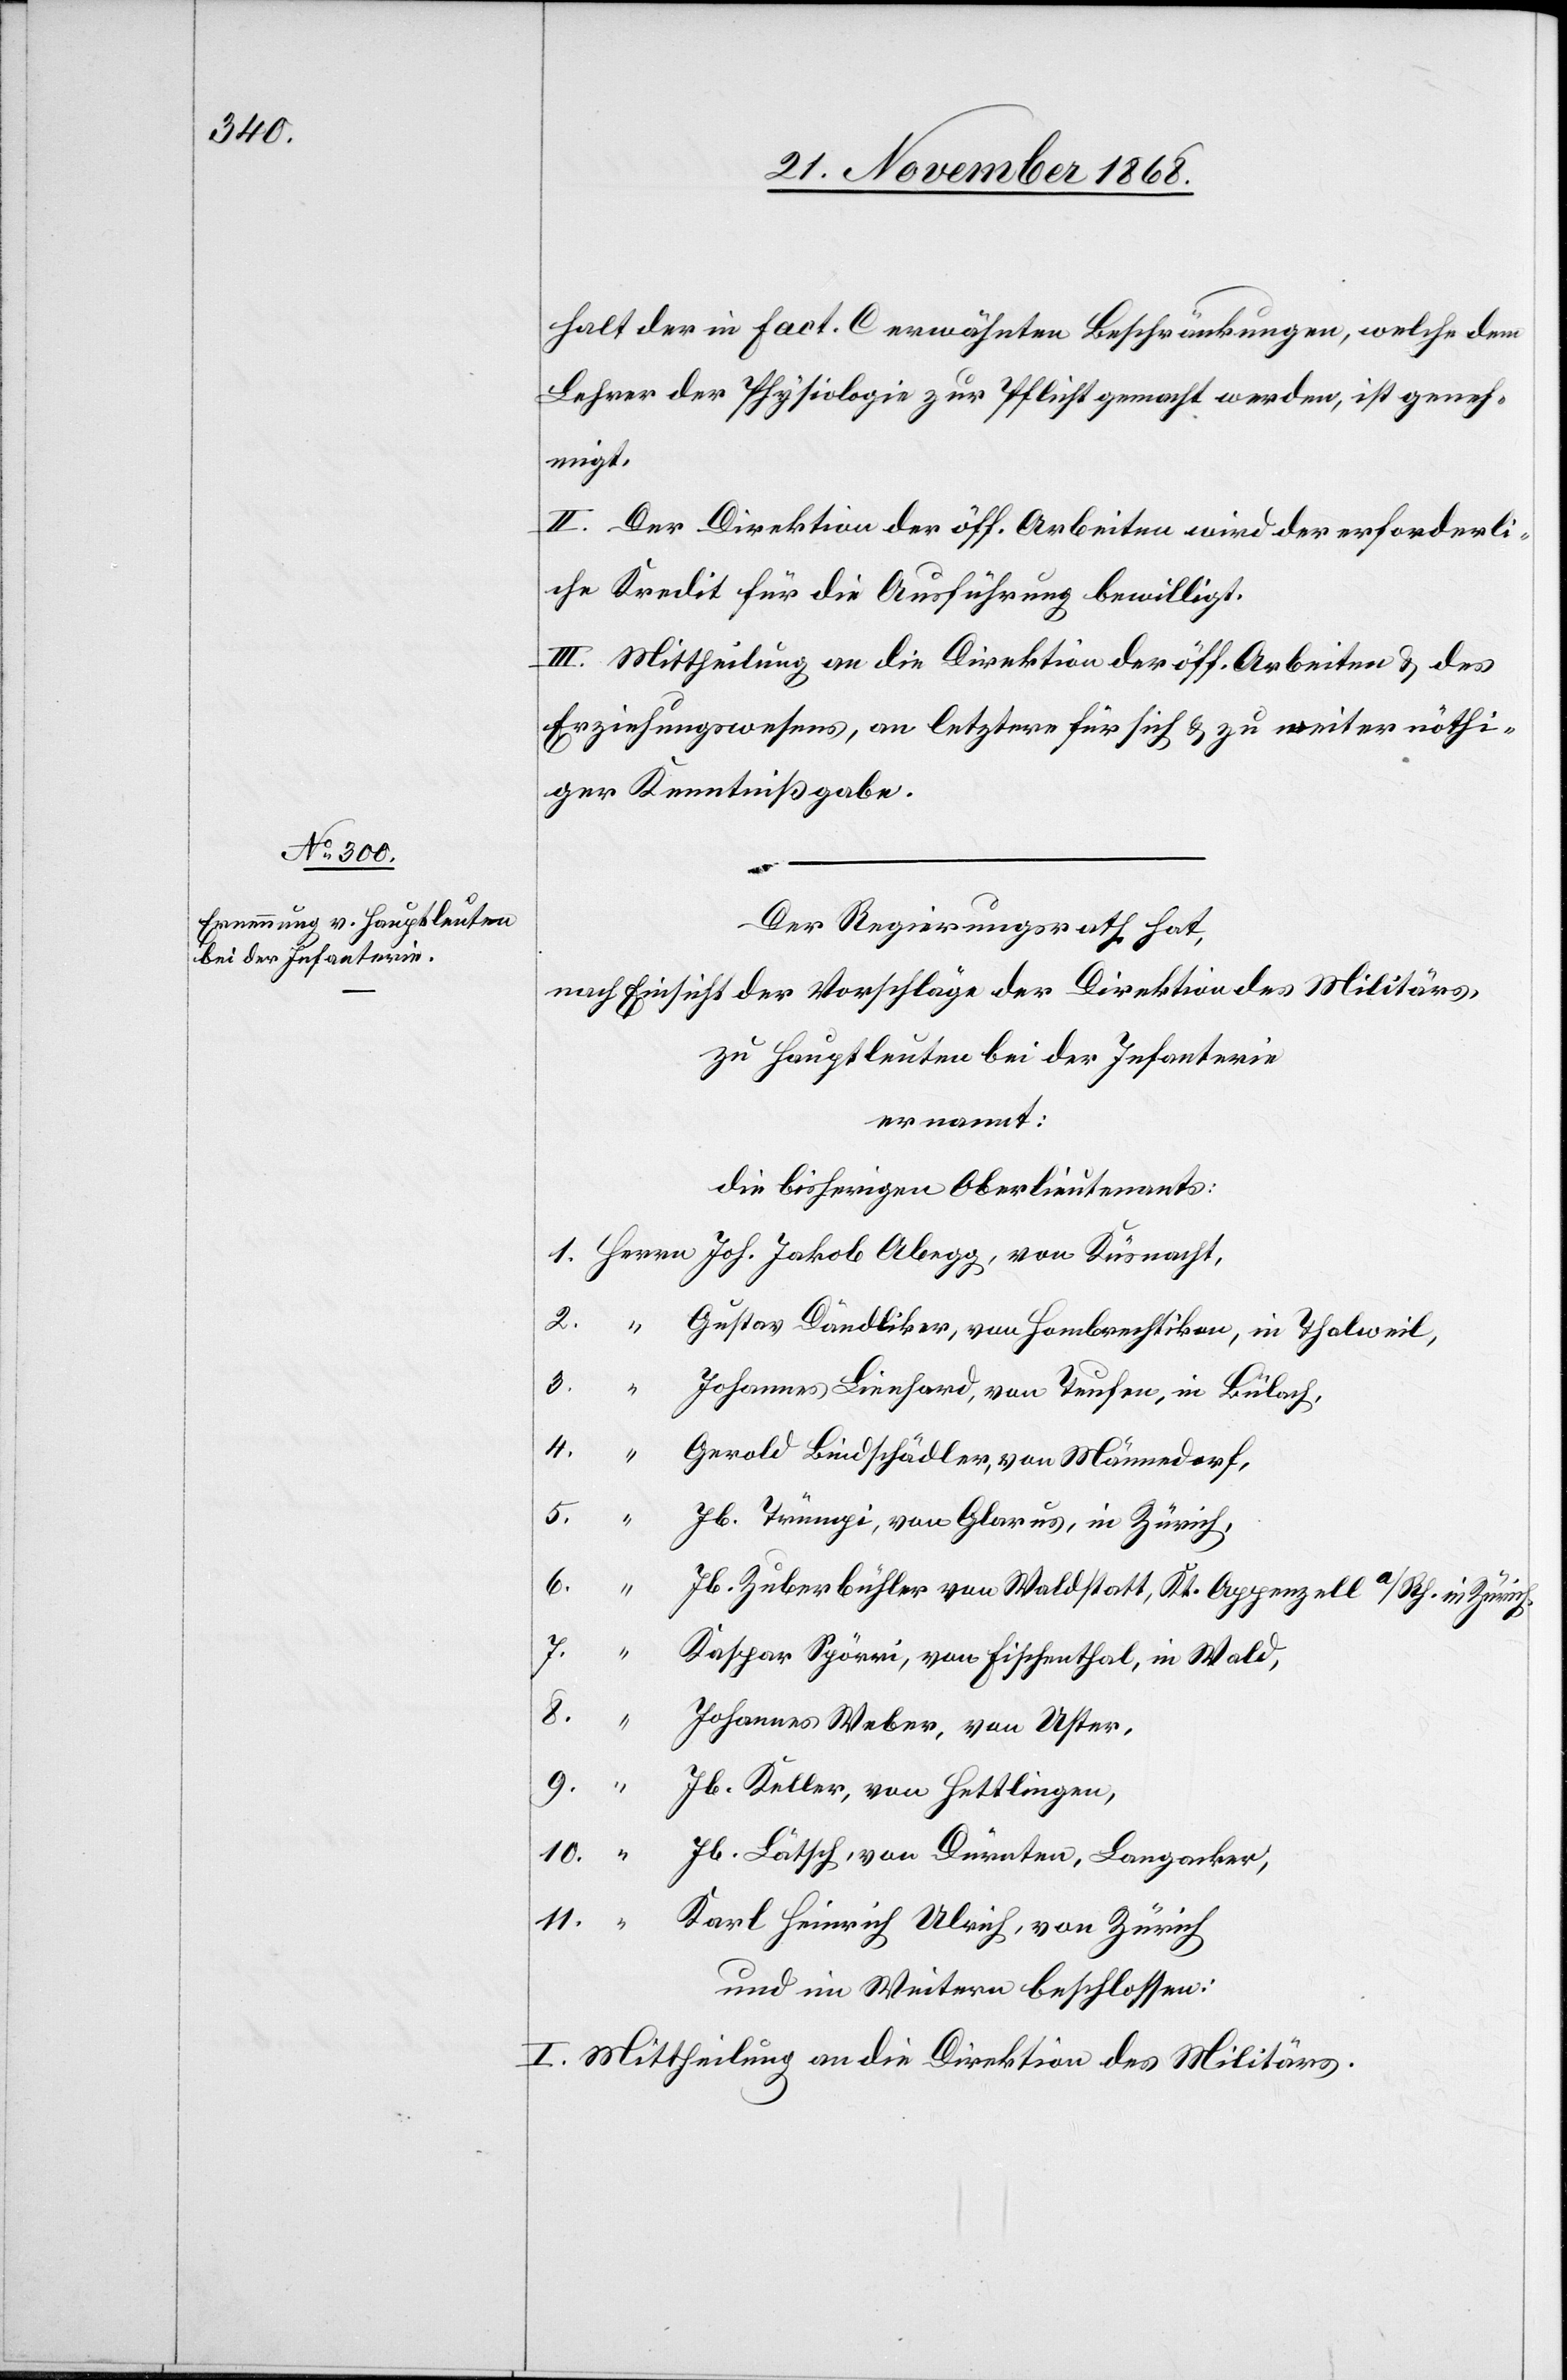
halt der in Fact. C erwähnten Beschränkungen, welche dem
Lehrer der Physiologie zur Pflicht gemacht werden, ist geneh¬
migt.
II. Der Direktion der öff. Arbeiten wird der erforderli¬
che Kredit für die Ausführung bewilligt.
III. Mittheilung an die Direktion[en] der öff. Arbeiten & des
Erziehungswesens, an letztere für sich & zu weiter nöthi¬
ger Kenntnißgabe.
Der Regierungsrath hat,
nach Einsicht der Vorschläge der Direktion des Militärs,
zu Hauptleuten bei der Infanterie
ernannt:
die bisherigen Oberlieutenants:
2.
“
Gustav Dändliker, von Hombrechtikon, in Thalweil,
3.
“
Johannes Lienhard, von Teufen, in Bülach,
4.
“
Gerold Bindschädler, von Männedorf,
5.
“
Jb. Trümpi, von Glarus, in Zürich,
6.
“
Jb. Zuberbühler von Waldstatt, Kt. Appenzell a/Rh. in Zürich,
7.
“
1.
Kaspar Spörri, von Fischenthal, in Wald,
8.
Johannes Weber, von Uster,
9.
Jb. Keller, von Hettlingen,
10.
Jb. Lätsch, von Dürnten, Langacker,
11.
Karl Heinrich Ulrich, von Zürich
und im Weitern beschlossen:
I. Mittheilung an die Direktion des Militärs.